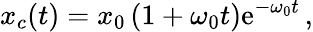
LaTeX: x_{c}(t)=x_{0}\left(1+\omega_{0}t\right)\mathrm{e}^{-\omega_{0}t}\, ,